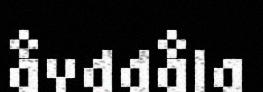
åvddåla